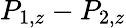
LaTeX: P_{1,z}-P_{2,z}